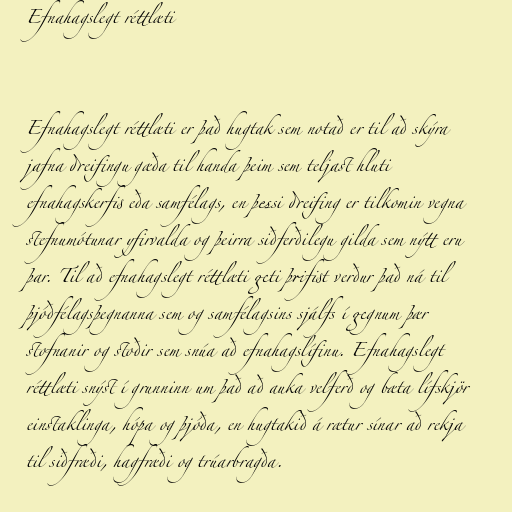
Efnahagslegt réttlæti

Efnahagslegt réttlæti er það hugtak sem notað er til að skýra
jafna dreifingu gæða til handa þeim sem teljast hluti
efnahagskerfis eða samfélags, en þessi dreifing er tilkomin vegna
stefnumótunar yfirvalda og þeirra siðferðilegu gilda sem nýtt eru
þar. Til að efnahagslegt réttlæti geti þrifist verður það ná til
þjóðfélagsþegnanna sem og samfélagsins sjálfs í gegnum þær
stofnanir og stoðir sem snúa að efnahagslífinu. Efnahagslegt
réttlæti snýst í grunninn um það að auka velferð og bæta lífskjör
einstaklinga, hópa og þjóða, en hugtakið á rætur sínar að rekja
til siðfræði, hagfræði og trúarbragða.